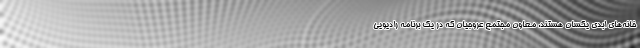
خانه‌های ابدی یکسان هستند. معاون مجتمع عروجیان که در یک برنامه رادیویی